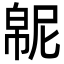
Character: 𫷍